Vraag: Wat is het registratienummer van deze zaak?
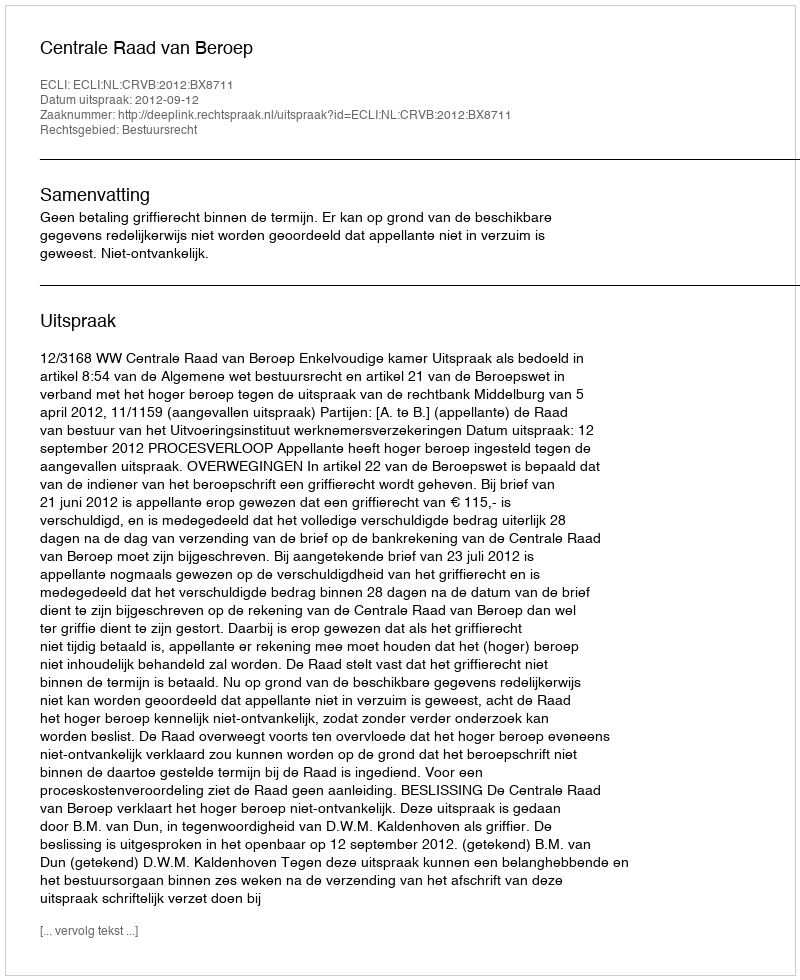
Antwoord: http://deeplink.rechtspraak.nl/uitspraak?id=ECLI:NL:CRVB:2012:BX8711